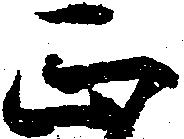
正